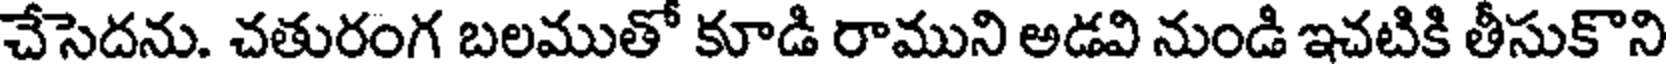
చేసెదను. చతురంగ బలముతో కూడి రాముని అడవి నుండి ఇచటికి తీసుకొని